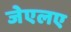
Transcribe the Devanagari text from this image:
जेएलए